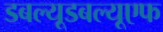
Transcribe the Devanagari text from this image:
डबल्यूडबल्यूएफ